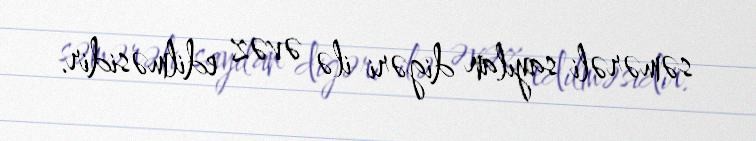
səmərəli sayılan digəri ilə əvəz edilməsidir.